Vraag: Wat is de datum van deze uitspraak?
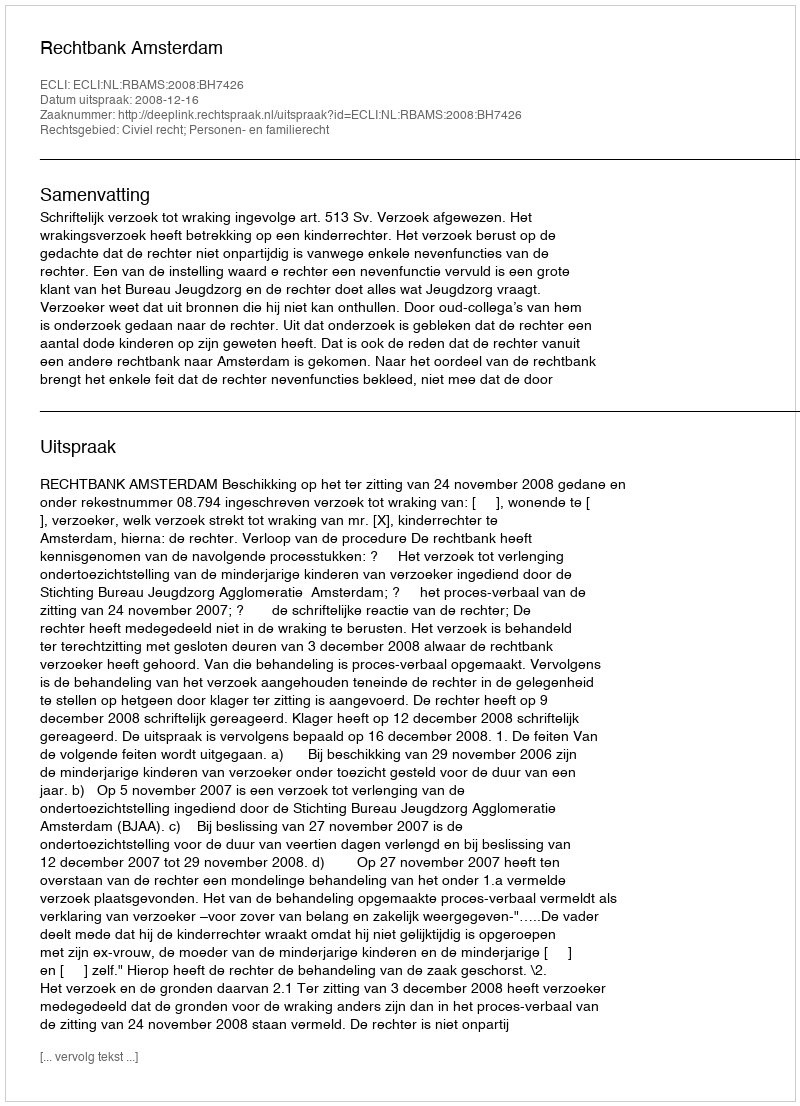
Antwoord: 2008-12-16